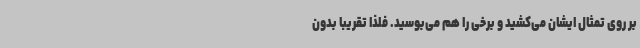
بر روی تمثال ایشان می‌کشید و برخی را هم می‌بوسید. فلذا تقریباً بدون